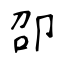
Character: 卲